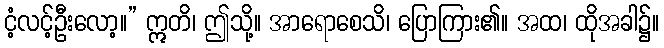
ငံ့လင့်ဦးလော့။” ဣတိ၊ ဤသို့။ အာရောစေသိ၊ ပြောကြား၏။ အထ၊ ထိုအခါ၌။